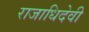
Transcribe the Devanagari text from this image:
राजाधिदेवी